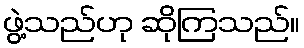
ဖွဲ့သည်ဟု ဆိုကြသည်။